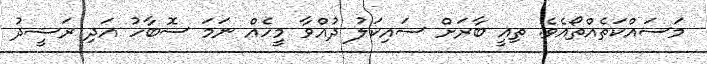
މަސައްކަތެއްތޯއެވެ. ތިއީ ބާރަށް ސައިކަލު ދުއްވާ މީހެއް ނަމަ ސޮބާހު އަދި ރަޝީދު